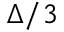
\Delta / 3